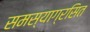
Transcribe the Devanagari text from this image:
समस्याग्रसित